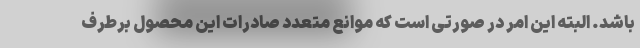
باشد. البته این امر در صورتی است که موانع متعدد صادرات این محصول برطرف